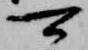
可